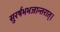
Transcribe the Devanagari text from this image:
सुरर्षभभजान्तरात्।